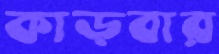
কাড়বার